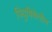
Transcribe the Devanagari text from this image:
पियुषिकेतील